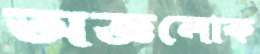
অজ্ঞলোক